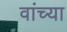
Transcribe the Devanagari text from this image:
वांच्या